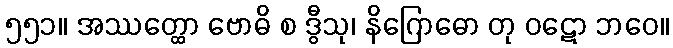
၅၅၁။ အဿတ္ထော ဗောဓိ စ ဒွီသု၊ နိဂြောဓော တု ဝဋော ဘဝေ။